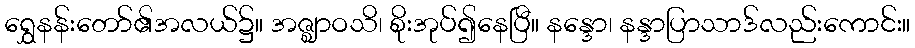
ရွှေနန်းတော်၏အလယ်၌။ အဇ္ဈာဝသိ၊ စိုးအုပ်၍နေပြီ။ နန္ဒော၊ နန္ဒာပြာသာဒ်လည်းကောင်း။